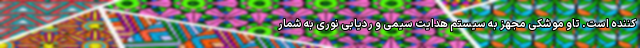
کننده است. تاو موشکی مجهز به سیستم هدایت سیمی و ردیابی نوری به شمار